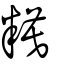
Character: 糢